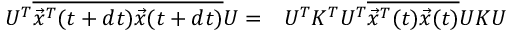
\begin{array} { r l } { U ^ { T } \overline { { \vec { x } ^ { T } ( t + d t ) \vec { x } ( t + d t ) } } U = } & { { } U ^ { T } K ^ { T } U ^ { T } \overline { { \vec { x } ^ { T } ( t ) \vec { x } ( t ) } } U K U } \end{array}